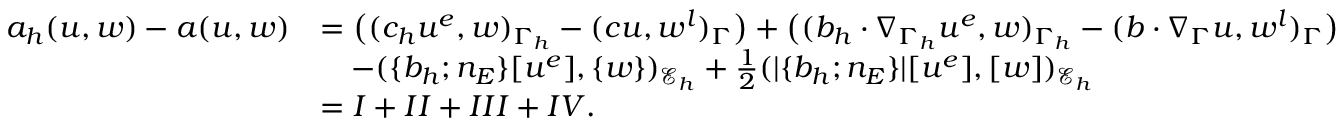
\begin{array} { r l } { a _ { h } ( u , w ) - a ( u , w ) } & { = \bigl ( ( c _ { h } u ^ { e } , w ) _ { \Gamma _ { h } } - ( c u , w ^ { l } ) _ { \Gamma } \bigr ) + \bigl ( ( b _ { h } \cdot \nabla _ { \Gamma _ { h } } u ^ { e } , w ) _ { \Gamma _ { h } } - ( b \cdot \nabla _ { \Gamma } u , w ^ { l } ) _ { \Gamma } \bigr ) } \\ & { \quad - ( \{ b _ { h } ; n _ { E } \} [ u ^ { e } ] , \{ w \} ) _ { \mathcal { E } _ { h } } + \frac { 1 } { 2 } ( | \{ b _ { h } ; n _ { E } \} | [ u ^ { e } ] , [ w ] ) _ { \mathcal { E } _ { h } } } \\ & { = I + I I + I I I + I V . } \end{array}